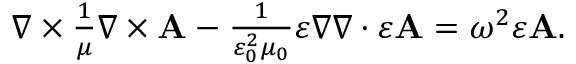
\begin{array} { r } { \nabla \times \frac { 1 } { \mu } \nabla \times \mathbf { A } - \frac { 1 } { \varepsilon _ { 0 } ^ { 2 } \mu _ { 0 } } \varepsilon \nabla \nabla \cdot \varepsilon \mathbf { A } = \omega ^ { 2 } \varepsilon \mathbf { A } . } \end{array}